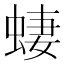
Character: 𫋂